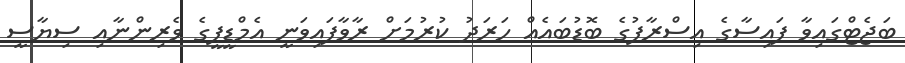
ބަޖެޓްގައިވާ ފައިސާގެ އިސްރާފުގެ ބޮޑުބައެއް ހަރަދު ކުރުމަށް ރާވާފައިވަނީ އެމްޑީޕީގެ ވެރިންނާއި ސިޔާސީ